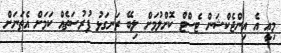
މިއީ އެ އިންޖެކްޝަން ޓެސްޓް ކޮށްލުމަށް ލިބޭ ރަނގަޅު ފުރުސަތެއް ކަމަށް އެތަނަށް